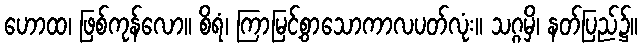
ဟောထ၊ ဖြစ်ကုန်လော။ စိရံ၊ ကြာမြင့်စွာသောကာလပတ်လုံး။ သဂ္ဂမှိ၊ နတ်ပြည်၌။